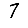
Digit: 7